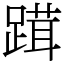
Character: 䠜